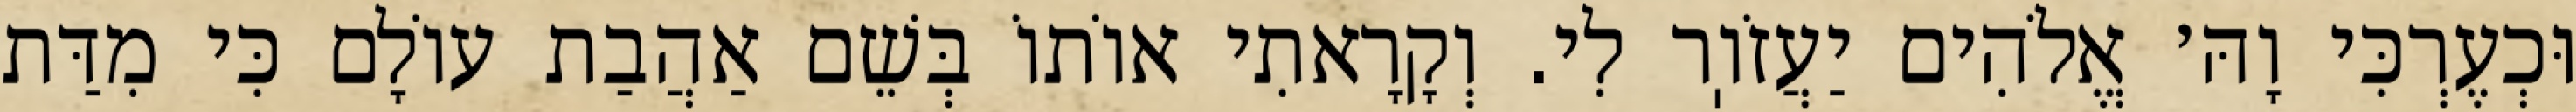
וּכְעֶרְכִּי וָהּ׳ אֱלֹהִים יַעֲזֹוֽר לִי. וְקָרָאתִי אוֹתוֹ בְּשֵׁם אַהֲבַת עוֹלָם כִּי מִדַּת